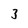
Character: 3